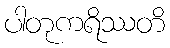
ပါတုကရိဿတိ